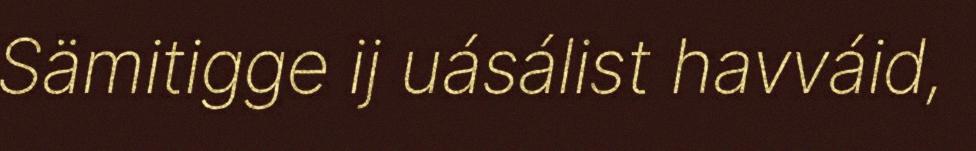
Sämitigge ij uásálist havváid,